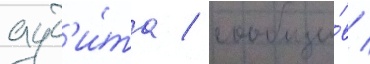
ауд'и́та / сообщи́в /